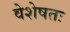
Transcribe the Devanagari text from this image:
वेशेषतः